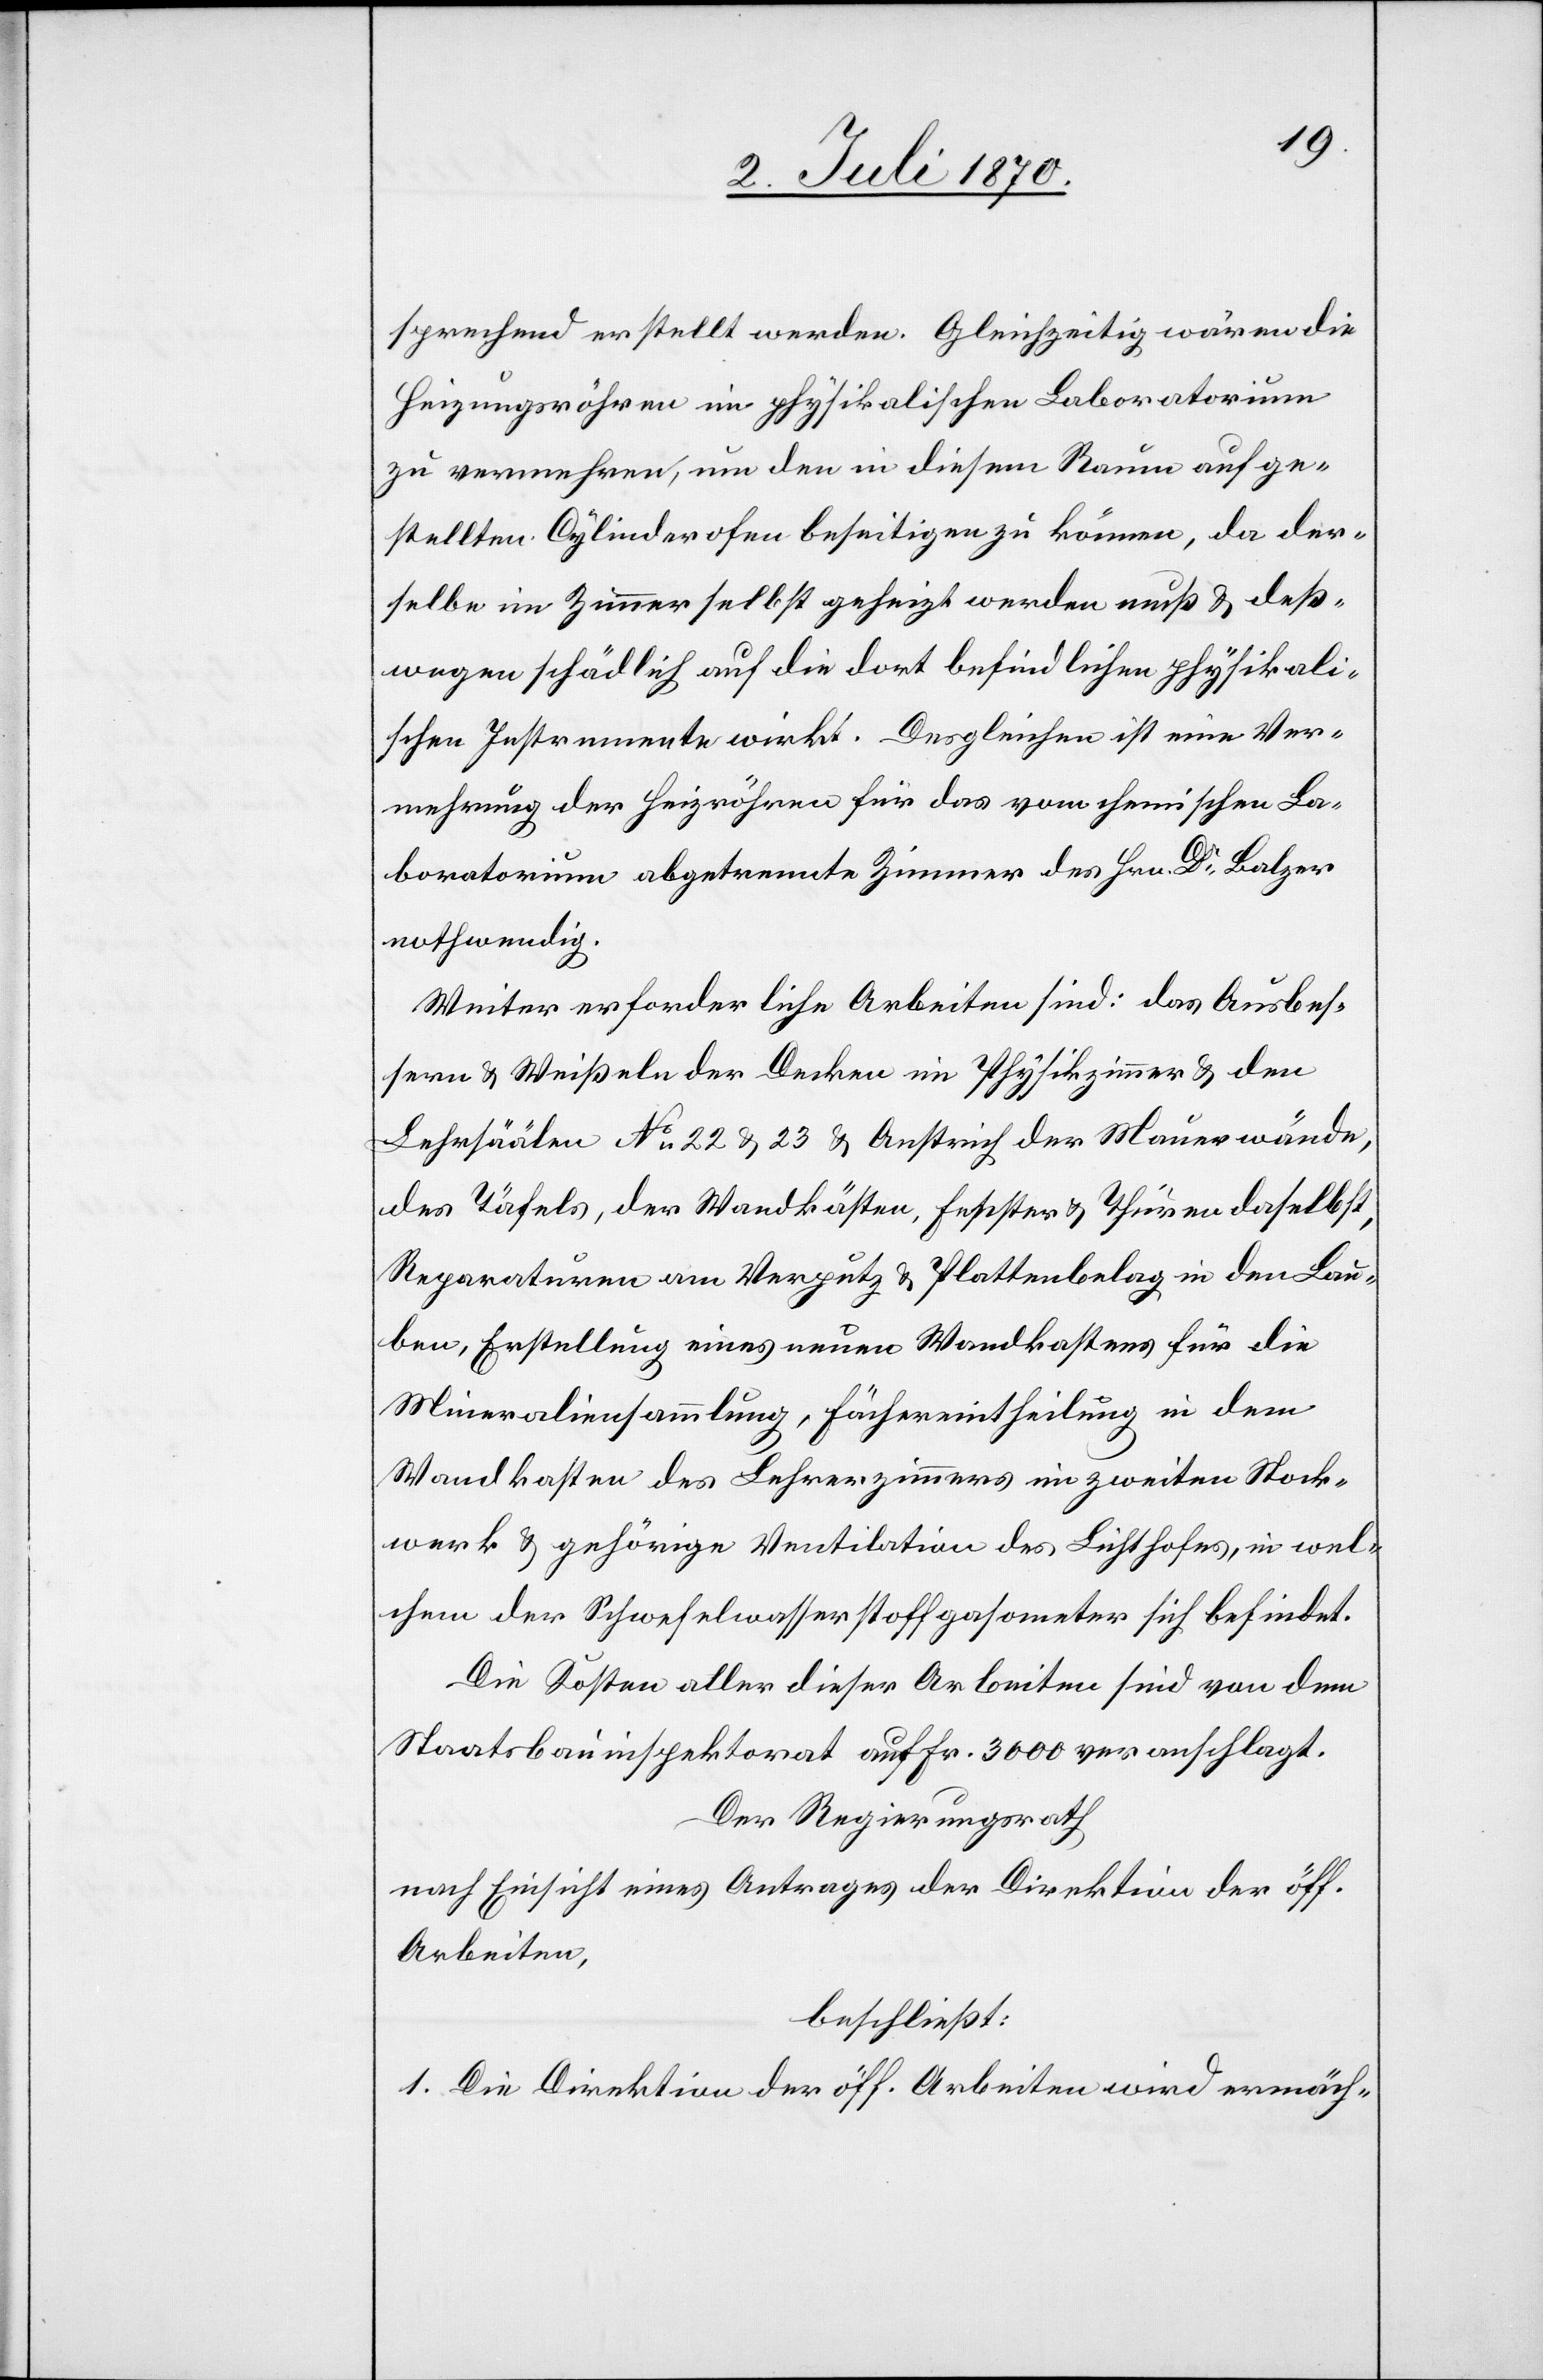
sprechend erstellt werden. Gleichzeitig wären die
Heizungsröhren im physikalischen Laboratorium
zu vermehren, um den in diesem Raum aufge¬
stellten Cylinderofen beseitigen zu können, da der¬
selbe im Zimmer selbst geheizt werden muß & deß¬
wegen schädlich auf die dort befindlichen physikali¬
schen Instrumente wirkt. Desgleichen ist eine Ver¬
mehrung der Heizröhren für das vom chemischen La¬
boratorium abgetrennte Zimmer des Hrn. Dr Balzer
nothwendig.
Weiter erforderliche Arbeiten sind: das Ausbes¬
sern & Weißeln der Decken im Physikzimmer & den
Lehrsäälen No 22 & 23 & Anstrich der Mauerwände,
des Täfels, der Wandkästen, Fenster & Thüren daselbst,
Reparaturen am Verputz & Plattenbelag in den Lau¬
ben, Erstellung eines neuen Wandkastens für die
Mineraliensammlung, Fächereintheilung in dem
Wandkasten des Lehrerzimmers im zweiten Stock¬
werk & gehörige Ventilation des Lichthofes, in wel¬
chem der Schwefelwasserstoffgasometer sich befindet.
Die Kosten aller dieser Arbeiten sind von dem
Staatsbauinspektorat auf Fr. 3000 veranschlagt.
Der Regierungsrath
nach Einsicht eines Antrages der Direktion der öff.
Arbeiten,
beschließt:
1. Die Direktion der öff. Arbeiten wird ermäch-